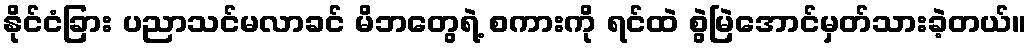
နိုင်ငံခြား ပညာသင်မလာခင် မိဘတွေရဲ့ စကားကို ရင်ထဲ စွဲမြဲအောင်မှတ်သားခဲ့တယ်။